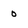
Character: 0